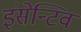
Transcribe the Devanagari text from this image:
इंसेन्टिव